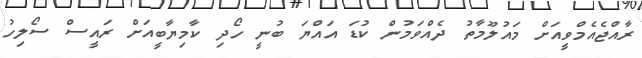
ރާއްޖެއެމްވީއަށް މައުލޫމާތު ދެއްވަމުން ކުޑަ އައްޔަ ބުނީ ހޯދި ކާމިޔާބީއަށް ރައީސް ސޯލިހު